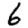
Digit: 6